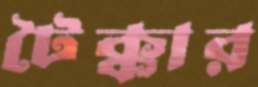
টৈক্কার